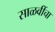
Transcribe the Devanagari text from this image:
साळवींचा